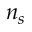
n _ { s }